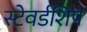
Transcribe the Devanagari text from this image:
स्टेवर्डशिप